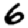
Digit: 6